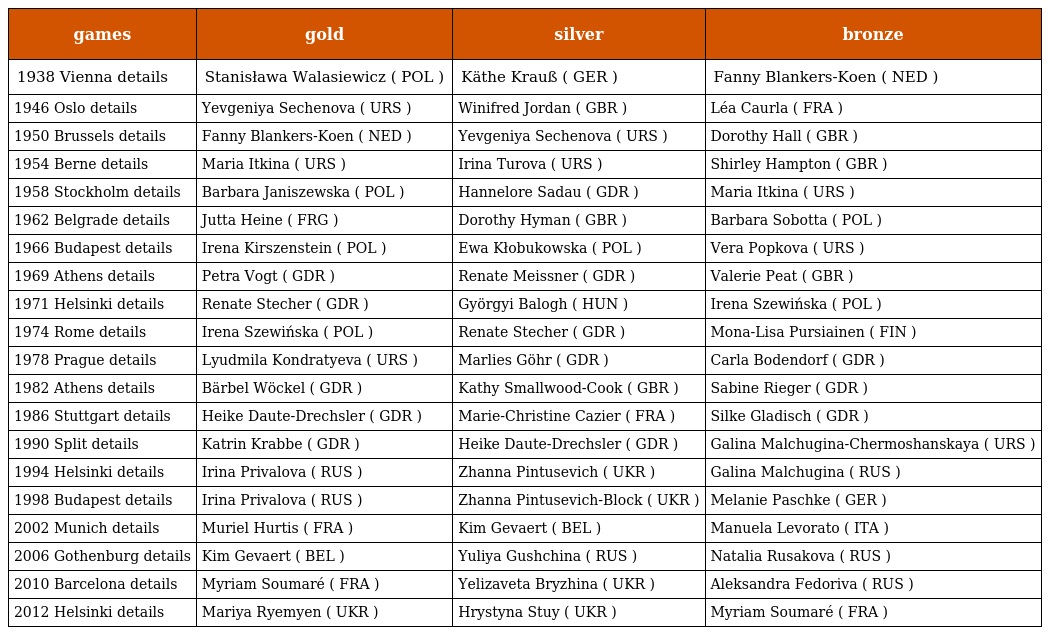
| games | gold | silver | bronze |
 | --- | --- | --- | --- |
 | 1938 Vienna details | Stanisława Walasiewicz ( POL ) | Käthe Krauß ( GER ) | Fanny Blankers-Koen ( NED ) |
 | 1946 Oslo details | Yevgeniya Sechenova ( URS ) | Winifred Jordan ( GBR ) | Léa Caurla ( FRA ) |
 | 1950 Brussels details | Fanny Blankers-Koen ( NED ) | Yevgeniya Sechenova ( URS ) | Dorothy Hall ( GBR ) |
 | 1954 Berne details | Maria Itkina ( URS ) | Irina Turova ( URS ) | Shirley Hampton ( GBR ) |
 | 1958 Stockholm details | Barbara Janiszewska ( POL ) | Hannelore Sadau ( GDR ) | Maria Itkina ( URS ) |
 | 1962 Belgrade details | Jutta Heine ( FRG ) | Dorothy Hyman ( GBR ) | Barbara Sobotta ( POL ) |
 | 1966 Budapest details | Irena Kirszenstein ( POL ) | Ewa Kłobukowska ( POL ) | Vera Popkova ( URS ) |
 | 1969 Athens details | Petra Vogt ( GDR ) | Renate Meissner ( GDR ) | Valerie Peat ( GBR ) |
 | 1971 Helsinki details | Renate Stecher ( GDR ) | Györgyi Balogh ( HUN ) | Irena Szewińska ( POL ) |
 | 1974 Rome details | Irena Szewińska ( POL ) | Renate Stecher ( GDR ) | Mona-Lisa Pursiainen ( FIN ) |
 | 1978 Prague details | Lyudmila Kondratyeva ( URS ) | Marlies Göhr ( GDR ) | Carla Bodendorf ( GDR ) |
 | 1982 Athens details | Bärbel Wöckel ( GDR ) | Kathy Smallwood-Cook ( GBR ) | Sabine Rieger ( GDR ) |
 | 1986 Stuttgart details | Heike Daute-Drechsler ( GDR ) | Marie-Christine Cazier ( FRA ) | Silke Gladisch ( GDR ) |
 | 1990 Split details | Katrin Krabbe ( GDR ) | Heike Daute-Drechsler ( GDR ) | Galina Malchugina-Chermoshanskaya ( URS ) |
 | 1994 Helsinki details | Irina Privalova ( RUS ) | Zhanna Pintusevich ( UKR ) | Galina Malchugina ( RUS ) |
 | 1998 Budapest details | Irina Privalova ( RUS ) | Zhanna Pintusevich-Block ( UKR ) | Melanie Paschke ( GER ) |
 | 2002 Munich details | Muriel Hurtis ( FRA ) | Kim Gevaert ( BEL ) | Manuela Levorato ( ITA ) |
 | 2006 Gothenburg details | Kim Gevaert ( BEL ) | Yuliya Gushchina ( RUS ) | Natalia Rusakova ( RUS ) |
 | 2010 Barcelona details | Myriam Soumaré ( FRA ) | Yelizaveta Bryzhina ( UKR ) | Aleksandra Fedoriva ( RUS ) |
 | 2012 Helsinki details | Mariya Ryemyen ( UKR ) | Hrystyna Stuy ( UKR ) | Myriam Soumaré ( FRA ) |